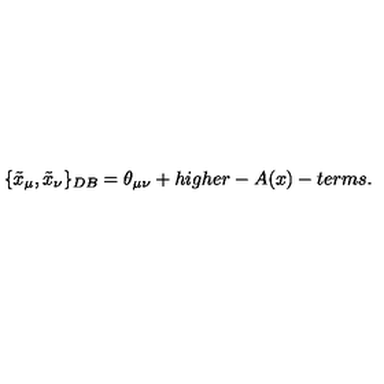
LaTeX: \{ \tilde { x } _ { \mu } , \tilde { x } _ { \nu } \} _ { D B } = \theta _ { \mu \nu } + h i g h e r - A ( x ) - t e r m s .